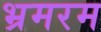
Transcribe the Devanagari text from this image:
भ्रमरम